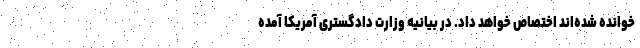
خوانده شده‌اند اختصاص خواهد داد. در بیانیه وزارت دادگستری آمریکا آمده